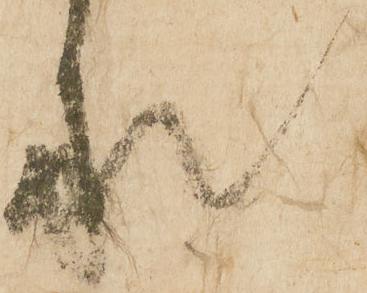
承